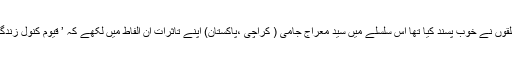
قیوم کنول ؔ کے اس مجموعے کو ادبی حلقوں نے خوب پسند کیا تھا اس سلسلے میں سید معراج جامی ( کراچی ،پاکستان) اپنے تاثرات ان الفاط میں لکھے کہ ’ قیوم کنولؔ زندگی اور معاشرے کے بہترین عکاّس ہیں ۔